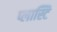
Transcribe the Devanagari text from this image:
प्लास्टि